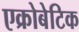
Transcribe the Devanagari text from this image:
एक्रोबेटिक